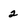
Character: 2